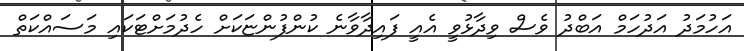
އަހުމަދު އަދުހަމް އަބްދު ވެސް ވިދާޅުވީ އެއީ ފައިދާވާނެ ކުންފުންޏަކަށް ހެދުމަށްޓަކައި މަސައްކަތް